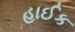
હાઈક